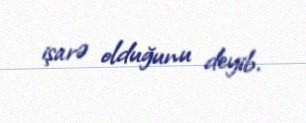
işarə olduğunu deyib.